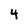
Character: 4